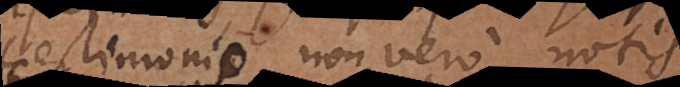
testimonio, non vero notis